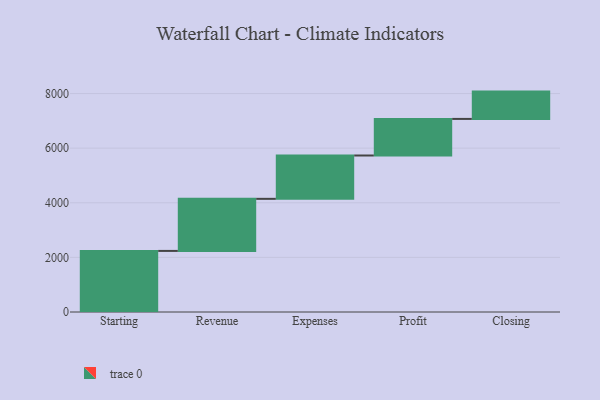
{"axis": {"x": "Step", "y": "Value"}, "legend": [""], "data": [{"x": "Starting", "y": 2237.0, "type": ""}, {"x": "Revenue", "y": 1907.0, "type": ""}, {"x": "Expenses", "y": 1587.0, "type": ""}, {"x": "Profit", "y": 1340.0, "type": ""}, {"x": "Closing", "y": 1000, "type": ""}]}